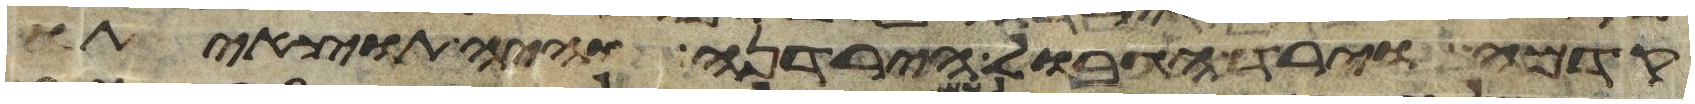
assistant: קדמה וירד הגבול הירדנה והיה תוצאיתו